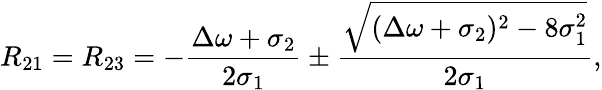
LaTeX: R_{21}=R_{23}=-\frac{\Delta\omega+\sigma_{2}}{2\sigma_{1}}\pm\frac{\sqrt{(\Delta\omega+\sigma_{2})^{2}-8\sigma_{1}^{2}}}{2\sigma_{1}},